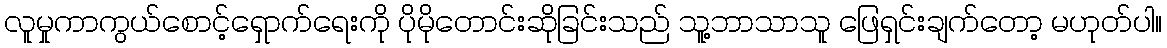
လူမှုကာကွယ်စောင့်ရှောက်ရေးကို ပိုမိုတောင်းဆိုခြင်းသည် သူ့ဘာသာသူ ဖြေရှင်းချက်တော့ မဟုတ်ပါ။